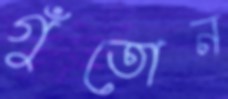
গুঁতোন